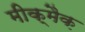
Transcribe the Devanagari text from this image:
मीक्मैक़